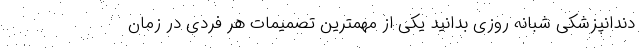
دندانپزشکی شبانه روزی بدانید یکی از مهمترین تصمیمات هر فردی در زمان